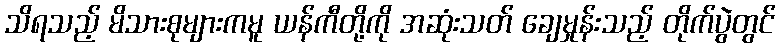
သိရသည့် မိသားစုများကမူ ယန်ကီတို့ကို အဆုံးသတ် ချေမှုန်းသည့် တိုက်ပွဲတွင်